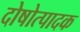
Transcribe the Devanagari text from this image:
दोषोत्पादक